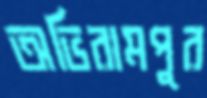
অভিরামপুর